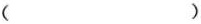
（ ）